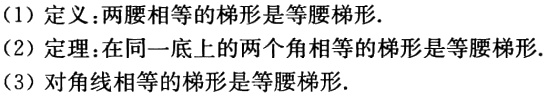
（1）定义：两腰相等的梯形是等腰梯形.
（2）定理：在同一底上的两个角相等的梯形是等腰梯形.
（3）对角线相等的梯形是等腰梯形.